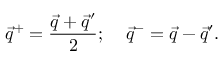
\vec { q } ^ { + } = \frac { \vec { q } + \vec { q } ^ { \prime } } { 2 } ; \; \; \; \; \vec { q } ^ { - } = \vec { q } - \vec { q } ^ { \prime } .